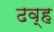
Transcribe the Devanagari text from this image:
ढव्ह